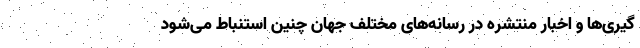
گیری‌ها و اخبار منتشره در رسانه‌های مختلف جهان چنین استنباط می‌شود